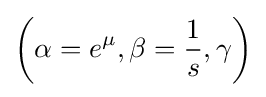
\left(\alpha =e^{\mu },\beta ={\frac {1}{s}},\gamma \right)